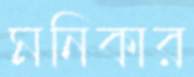
মনিকার